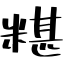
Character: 糂